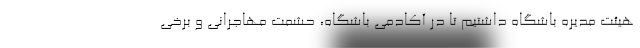
هیئت مدیره باشگاه داشتیم تا در آکادمی باشگاه، حشمت مهاجرانی و برخی